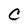
Character: C